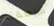
منطقته